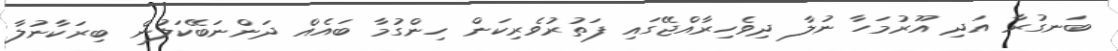
ބަނގުރާ އަދި އޫރުމަހާ ނުލާ ދިވެހިރާއްޖޭގައި ފަތުރުވެރިކަން ހިންގުމާ ބައެއް ދަންނަބޭކަލުން ބިރަކާނުލާ